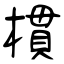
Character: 樌